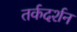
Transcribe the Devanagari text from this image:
तर्कदर्शन